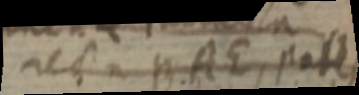
recta BAE, pate